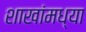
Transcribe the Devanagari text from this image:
शाखांमध्या